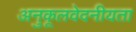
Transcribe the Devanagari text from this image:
अनुकूलवेदनीयता